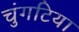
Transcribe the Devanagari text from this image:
चुंगटिया